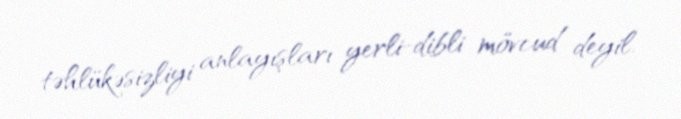
təhlükəsizliyi anlayışları yerli-dibli mövcud deyil.